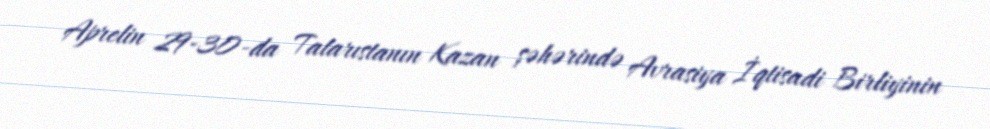
Aprelin 29-30-da Tatarıstanın Kazan şəhərində Avrasiya İqtisadi Birliyinin